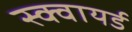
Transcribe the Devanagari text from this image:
स्क्वायर्ड